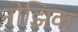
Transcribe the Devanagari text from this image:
नोझिक